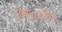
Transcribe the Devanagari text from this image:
एन०पी०